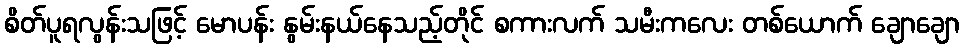
စိတ်ပူရလွန်းသဖြင့် မောပန်း နွမ်းနယ်နေသည့်တိုင် စကားလက် သမီးကလေး တစ်ယောက် ချောချော